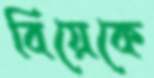
বিয়েকে